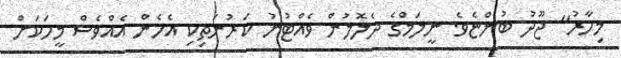
މިހާރު" ޖޫދު ބުންޏެވެ. ނީލަމްގެ ދެލޮލުން ވެއްޓުނު ކަރުނަތިކި އެހެން އެއްވެސް މީހަކަށް